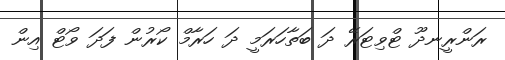
ރަންރީނދޫ ޓްވިޓަރޭ ދަ ބަތާހަރަމީ ދަ ހަރާމް ކޯރުން ފަދަ ވޯޓް އިން